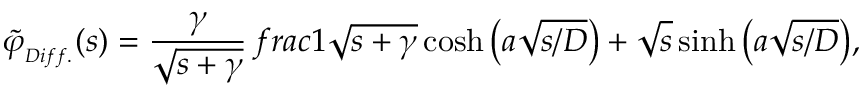
{ \widetilde { \varphi } } _ { _ { D i f f . } } ( s ) = \frac { \gamma } { \sqrt { s + \gamma } } \, f r a c { 1 } { \sqrt { s + \gamma } \cosh { \big ( a \sqrt { s / D } \big ) } + \sqrt { s } \sinh { \big ( a \sqrt { s / D } \big ) } } ,